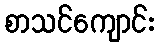
စာသင်ကျောင်း